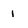
Character: 1